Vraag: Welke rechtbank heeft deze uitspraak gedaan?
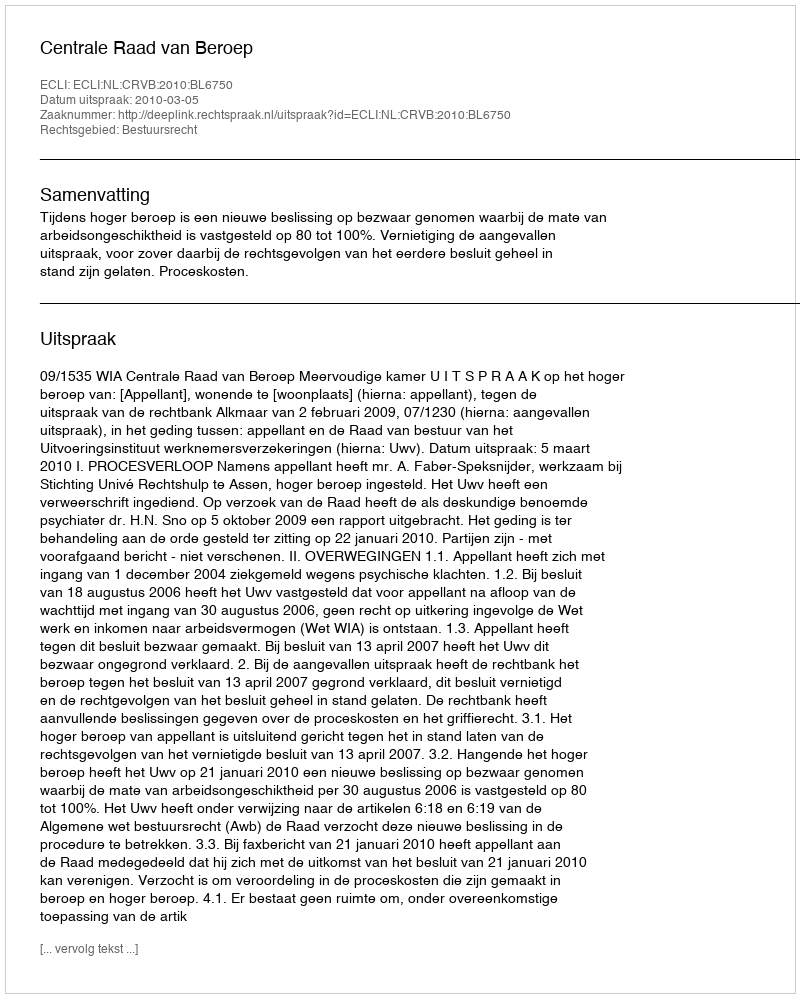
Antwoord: Centrale Raad van Beroep